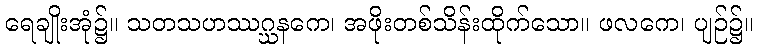
ရေချိုးအုံ၌။ သတသဟဿဂ္ဃနကေ၊ အဖိုးတစ်သိန်းထိုက်သော။ ဖလကေ၊ ပျဉ်၌။